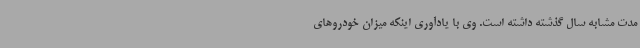
مدت مشابه سال گذشته داشته است. وی با یادآوری اینکه میزان خودروهای